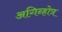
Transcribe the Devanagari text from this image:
अगिन्होत्र